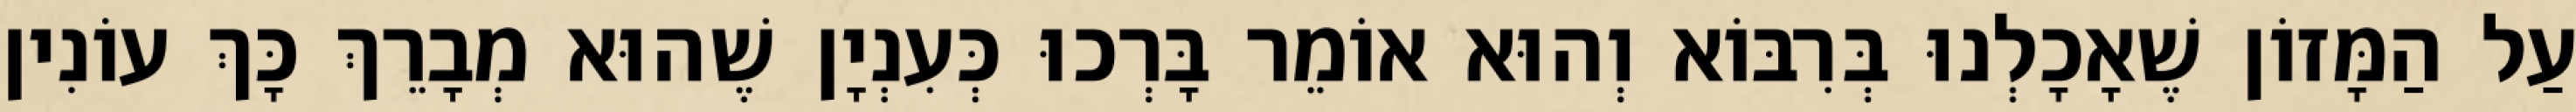
עַל הַמָּזוֹן שֶׁאָכָלְנוּ בְּרִבּוֹא וְהוּא אוֹמֵר בָּרְכוּ כְּעִנְיָן שֶׁהוּא מְבָרֵךְ כָּךְ עוֹנִין